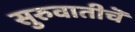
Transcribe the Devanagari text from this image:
सुरुवातीचॆ